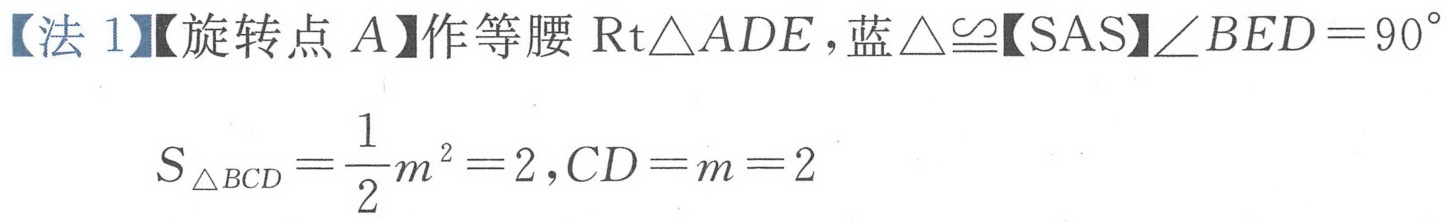
【法1】【旋转点\(A\)】作等腰\(\text{Rt}\triangle ADE\)，蓝\(\triangle\cong\)【SAS】\(\angle BED = 90^{\circ}\)
\(S_{\triangle BCD}=\frac{1}{2}m^{2}=2,CD = m = 2\)